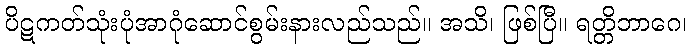
ပိဋကတ်သုံးပုံအာဂုံဆောင်စွမ်းနားလည်သည်။ အသိ၊ ဖြစ်ပြီ။ ရတ္တိဘာဂေ၊